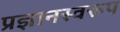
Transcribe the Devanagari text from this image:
प्रज्ञानस्वरूप